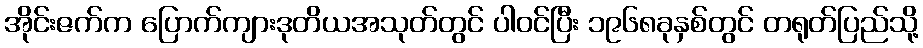
အိုင်းဇက်က ပြောက်ကျားဒုတိယအသုတ်တွင် ပါဝင်ပြီး ၁၉၆၈ခုနှစ်တွင် တရုတ်ပြည်သို့